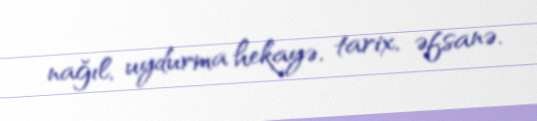
nağıl, uydurma hekayə, tarix, əfsanə.